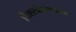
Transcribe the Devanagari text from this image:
निःशस्त्रीकरणाच्या